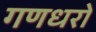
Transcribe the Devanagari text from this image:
गणधरों